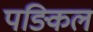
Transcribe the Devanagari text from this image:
पङिकल